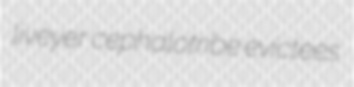
liveyer cephalotribe evictees